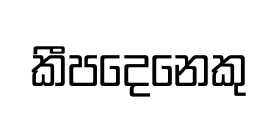
කීපදෙනෙකු